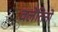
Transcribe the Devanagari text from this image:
वलेंतिनो